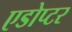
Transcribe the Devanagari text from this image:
एडोप्टर